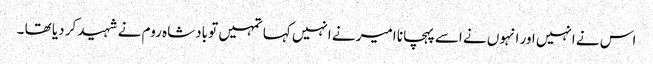
اس نے انہیں اور انہوں نے اسے پہچانا امیر نے انہیں کہا تمہیں تو بادشاہ روم نے شہید کر دیا تھا ۔